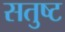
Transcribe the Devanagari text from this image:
सतुष्ट